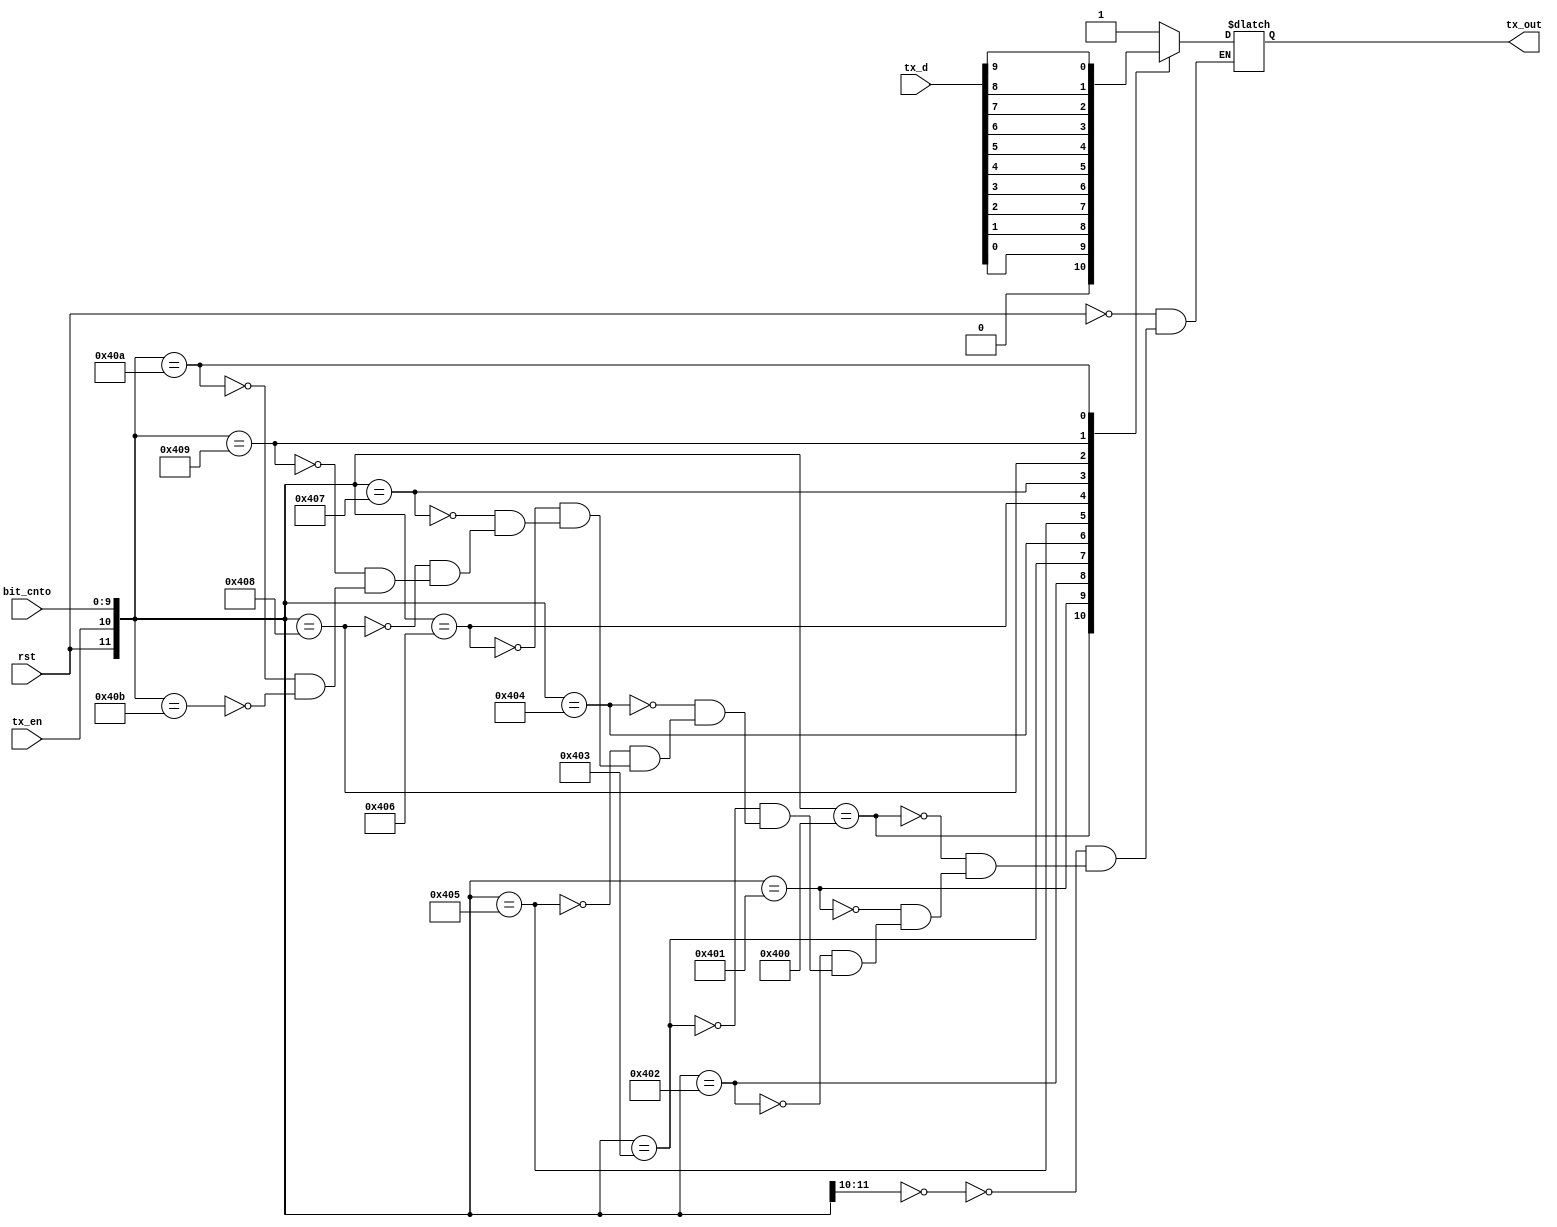
module tx_eight_ten_dp
(
	input wire			rst,
	input wire			tx_en,
	input wire [9:0]  tx_d,
	input wire [9:0]  bit_cnto,

	output reg tx_out
);

always @ *
begin

	casex ({rst, tx_en, bit_cnto})
	
	{1'b1, 1'bx, 10'dx}: tx_out = 1'b1;	// reset control
	
	{1'b0, 1'b0, 10'dx}: tx_out = 1'b1;	// No tx
	
	{1'b0, 1'b1, 10'd0}:  tx_out = 1'b0;		// TX start
	{1'b0, 1'b1, 10'd1}:  tx_out = tx_d[0];
	{1'b0, 1'b1, 10'd2}:  tx_out = tx_d[1];
	{1'b0, 1'b1, 10'd3}:  tx_out = tx_d[2];
	{1'b0, 1'b1, 10'd4}:  tx_out = tx_d[3];
	{1'b0, 1'b1, 10'd5}:  tx_out = tx_d[4];
	{1'b0, 1'b1, 10'd6}:  tx_out = tx_d[5];
	{1'b0, 1'b1, 10'd7}:  tx_out = tx_d[6];
	{1'b0, 1'b1, 10'd8}:  tx_out = tx_d[7];
	{1'b0, 1'b1, 10'd9}:  tx_out = tx_d[8];
	{1'b0, 1'b1, 10'd10}: tx_out = tx_d[9];
	{1'b0, 1'b1, 10'd11}: tx_out = 1'b1;		// TX end
	
	endcase
end

endmodule